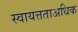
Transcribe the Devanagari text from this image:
स्वायत्तताअधिक